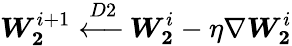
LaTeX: \boldsymbol{W_{2}}^{i+1}\xleftarrow{D2}\boldsymbol{W_{2}}^{i}-\eta\nabla\boldsymbol{W_{2}}^{i}